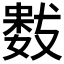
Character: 𭤋